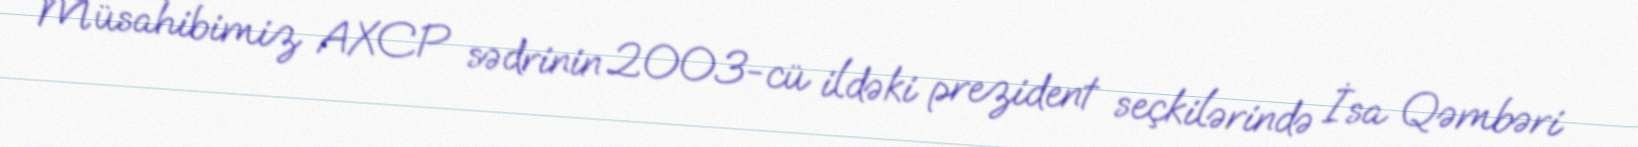
Müsahibimiz AXCP sədrinin 2003-cü ildəki prezident seçkilərində İsa Qəmbəri